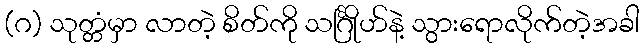
(ဂ) သုတ္တံမှာ လာတဲ့ စိတ်ကို သင်္ဂြိုဟ်နဲ့ သွားရောလိုက်တဲ့အခါ